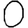
Digit: 0